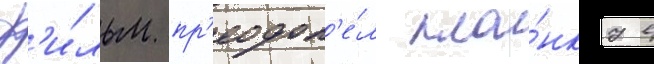
ф'и́льм пр'еодол'е́л пла́нку в